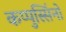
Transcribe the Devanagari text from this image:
कप्पुस्सिंनो